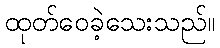
ထုတ်ဝေခဲ့သေးသည်။